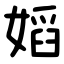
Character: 嫍